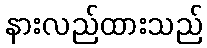
နားလည်ထားသည်